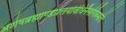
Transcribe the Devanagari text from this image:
अशेषब्रह्माण्डप्रलयविधिनैसर्गिकमतिः